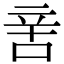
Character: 㖖